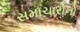
સમાચારોનો